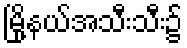
မြို့နယ်အသီးသီး၌